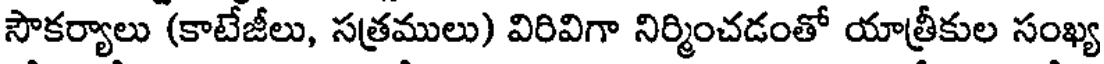
సౌకర్యాలు (కాటేజీలు, సత్రములు) విరివిగా నిర్మించడంతో యాత్రీకుల సంఖ్య